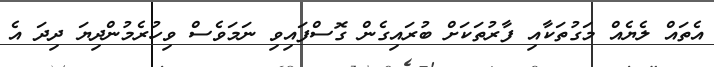
އެތައް ލެޔެއް މަގުތަކާއި ފާރުތަކަށް ބުރައިގެން ގޮސްފައިވި ނަމަވެސް ވިހުރެމުންދިޔަ ދިދަ އެ